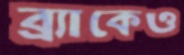
ব্র্যাকেও